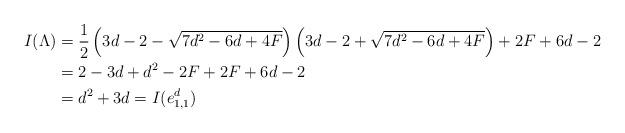
LaTeX: \begin{align*} I(\Lambda) &= \frac{1}{2}\left(3d-2-\sqrt{7d^2-6d+4F}\right)\left(3d-2+\sqrt{7d^2-6d+4F}\right) + 2F + 6d-2\\ &= 2-3d+d^2-2F + 2F + 6d-2\\ &= d^2 + 3d = I(e_{1,1}^d) \end{align*}